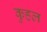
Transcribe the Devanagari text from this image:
कुहल